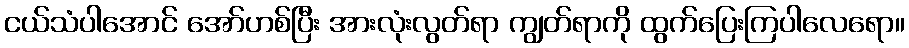
ငယ်သံပါအောင် အော်ဟစ်ပြီး အားလုံးလွတ်ရာ ကျွတ်ရာကို ထွက်ပြေးကြပါလေရော။